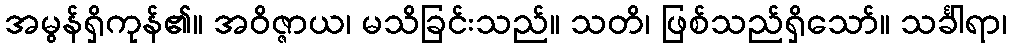
အမွန်ရှိကုန်၏။ အဝိဇ္ဇာယ၊ မသိခြင်းသည်။ သတိ၊ ဖြစ်သည်ရှိသော်။ သင်္ခါရာ၊